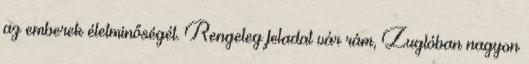
az emberek életminőségét. Rengeteg feladat vár rám, Zuglóban nagyon